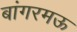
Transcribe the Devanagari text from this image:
बांगरमऊ